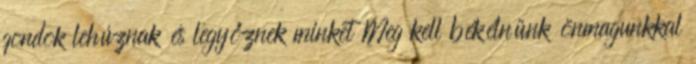
gondok lehúznak és legyőznek minket Meg kell békélnünk önmagunkkal